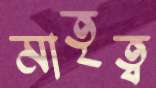
মাতৃত্ব